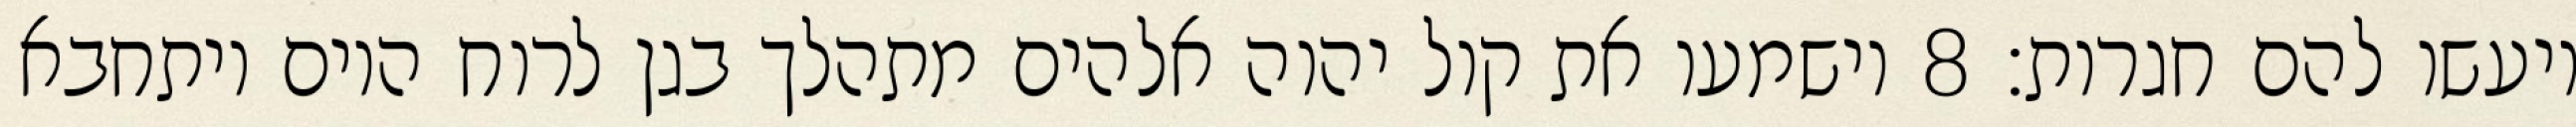
ויעשו להם חגרות׃ ‎8‏ וישמעו את קול יהוה אלהים מתהלך בגן לרוח היום ויתחבא